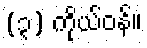
(၃) ကိုယ်ဝန်။